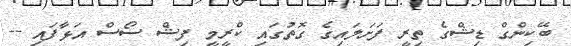
ބޭކިންގް ޑިޝްގެ ތިރީ ފަށަލައިގެ ގޮތުގައި ކްރީމީ ފިޝް ސޯސް އަޅާފައި --